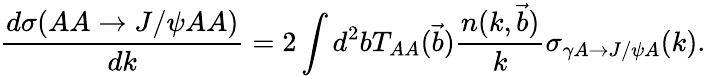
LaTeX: {\frac{d\sigma(AA\to J/\psi AA)}{dk}}=2\int d^{2}bT_{AA}({\vec{b}})\frac{n(k,{\vec{b}})}{k}\sigma_{\gamma A\rightarrow J/\psi A}(k).